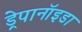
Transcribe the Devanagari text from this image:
ड्रेपानॉइडा